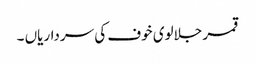
قمر جلالوی خوف کی سرداریاں ۔